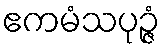
ဧကမံသပုဉ္ဇံ